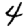
Digit: 4